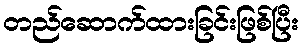
တည်ဆောက်ထားခြင်းဖြစ်ပြီး